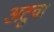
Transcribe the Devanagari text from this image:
अटुवा